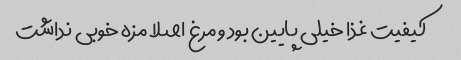
کیفیت غذا خیلی پایین بود و مرغ اصلا مزه خوبی نداشت